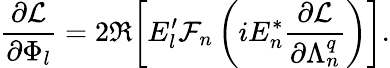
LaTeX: \frac{\partial\mathcal{L}}{\partial\Phi_{l}}=2\Re{\left[E_{l}^{\prime}\mathcal{F}_{n}\left(iE_{n}^{*}\frac{\partial\mathcal{L}}{\partial\Lambda_{n}^{q}}\right)\right]}.